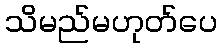
သိမည်မဟုတ်ပေ